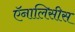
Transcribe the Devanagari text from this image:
ऍनालिसीस